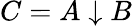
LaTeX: C=A\downarrow B